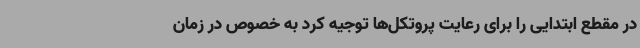
در مقطع ابتدایی را برای رعایت پروتکل‌ها توجیه کرد به خصوص در زمان